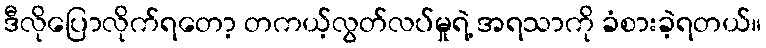
ဒီလိုပြောလိုက်ရတော့ တကယ့်လွတ်လပ်မှုရဲ့ အရသာကို ခံစားခဲ့ရတယ်။